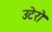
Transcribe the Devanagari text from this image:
उटेरो